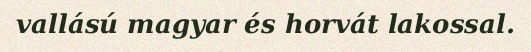
vallású magyar és horvát lakossal.